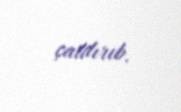
çatdırıb.